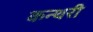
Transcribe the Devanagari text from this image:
कन्थरी